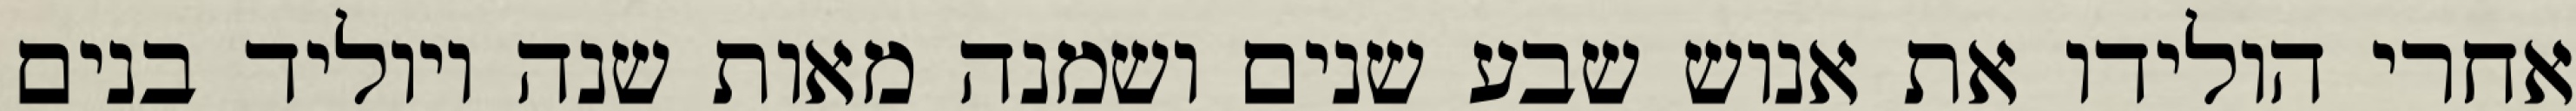
אחרי הולידו את אנוש שבע שנים ושמנה מאות שנה ויוליד בנים